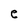
Character: e